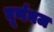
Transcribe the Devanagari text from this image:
घूर्णनज